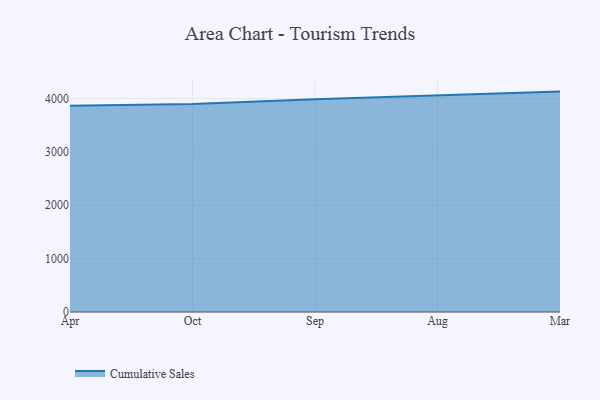
{"axis": {"x": "Month", "y": "Satisfaction Score"}, "legend": ["Cumulative Sales"], "data": [{"x": "Apr", "y": 3866.7, "type": "Cumulative Sales"}, {"x": "Oct", "y": 3895.1, "type": "Cumulative Sales"}, {"x": "Sep", "y": 3985.6, "type": "Cumulative Sales"}, {"x": "Aug", "y": 4053.0, "type": "Cumulative Sales"}, {"x": "Mar", "y": 4129.6, "type": "Cumulative Sales"}]}